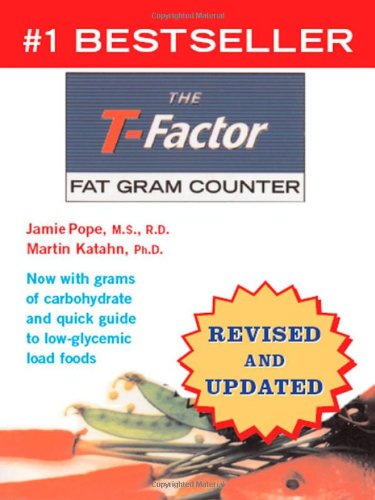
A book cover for The T-Factor Fat Gram Counter (Revised and Updated); Jamie Pope; Health, Fitness & Dieting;